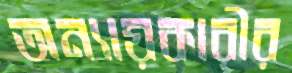
অন্যায়কারীর